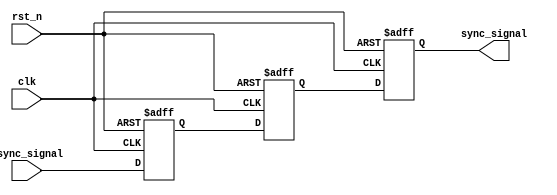
module metastability_detector (
    input wire async_signal,  // Asynchronous input signal
    input wire clk,           // Synchronous clock signal
    input wire rst_n,         // Active low asynchronous reset
    output reg sync_signal     // Synchronized output signal
);

    reg ff1; // First flip-flop
    reg ff2; // Second flip-flop

    // Asynchronous reset and FF capturing logic
    always @(posedge clk or negedge rst_n) begin
        if (!rst_n) begin
            ff1 <= 1'b0; // Reset FF1
            ff2 <= 1'b0; // Reset FF2
            sync_signal <= 1'b0; // Reset synchronized output signal
        end else begin
            ff1 <= async_signal; // Capture async_signal in FF1
            ff2 <= ff1;          // Capture FF1 output in FF2
            sync_signal <= ff2;  // Output the synchronized signal
        end
    end

endmodule